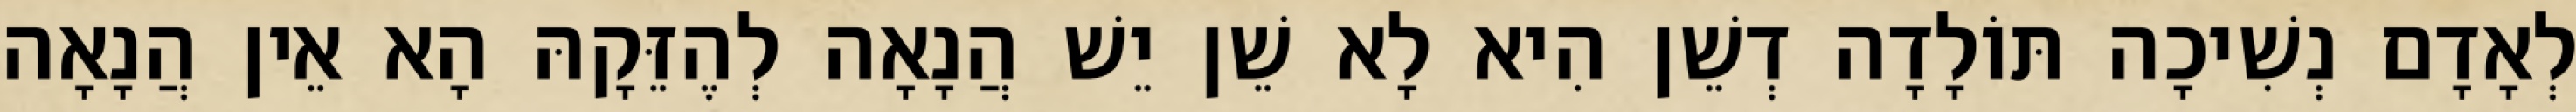
לְאָדָם נְשִׁיכָה תּוֹלָדָה דְשֵׁן הִיא לָא שֵׁן יֵשׁ הֲנָאָה לְהֶזֵּקָהּ הָא אֵין הֲנָאָה